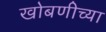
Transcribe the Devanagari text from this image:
खोबणीच्या